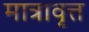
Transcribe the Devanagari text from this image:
मात्रावृत्त